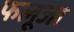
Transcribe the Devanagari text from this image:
फलूजा